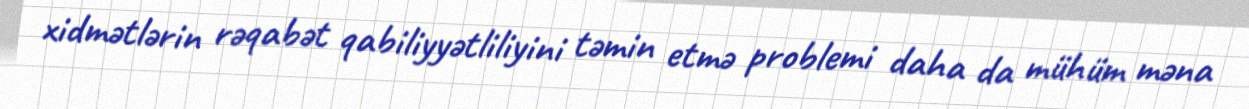
xidmətlərin rəqabət qabiliyyətliliyini təmin etmə problemi daha da mühüm məna